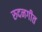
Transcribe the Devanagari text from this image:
रुदनगीत